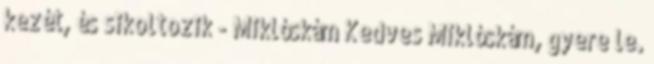
kezét, és sikoltozik - Miklóskám Kedves Miklóskám, gyere le.